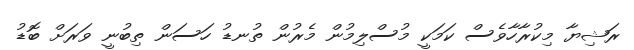
ރަޝިޔާ މިކުރާހާވެސް ކަމަކީ މުސްލިމުން މެރުން ތުނޑު ހަސަން ތިބުނީ ވަރަށް ބޮޑު